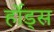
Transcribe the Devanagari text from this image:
र्होड्स